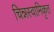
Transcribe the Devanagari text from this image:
चिन्नस्वामिकृत